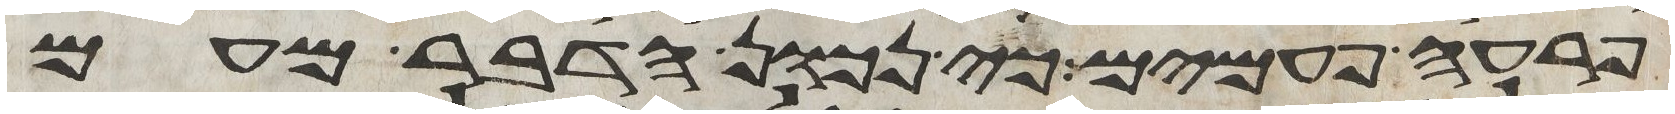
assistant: פרעה פעמים כי נכון הדבר מעם